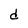
Character: d